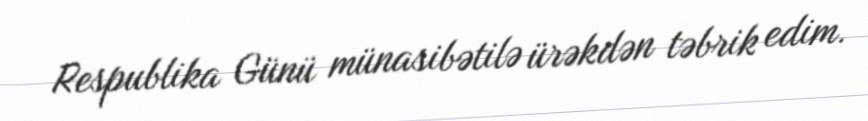
Respublika Günü münasibətilə ürəkdən təbrik edim.